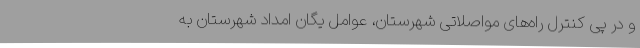
و در پی کنترل راه‌های مواصلاتی شهرستان، عوامل یگان امداد شهرستان به